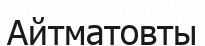
Айтматовты